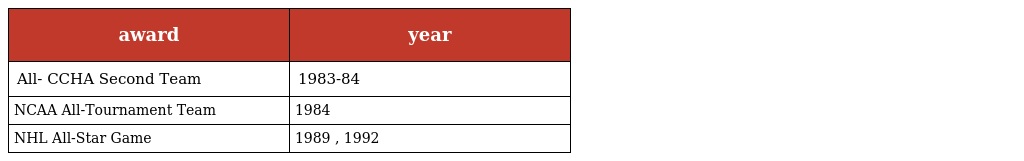
| award | year |
 | --- | --- |
 | All- CCHA Second Team | 1983-84 |
 | NCAA All-Tournament Team | 1984 |
 | NHL All-Star Game | 1989 , 1992 |